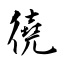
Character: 徺